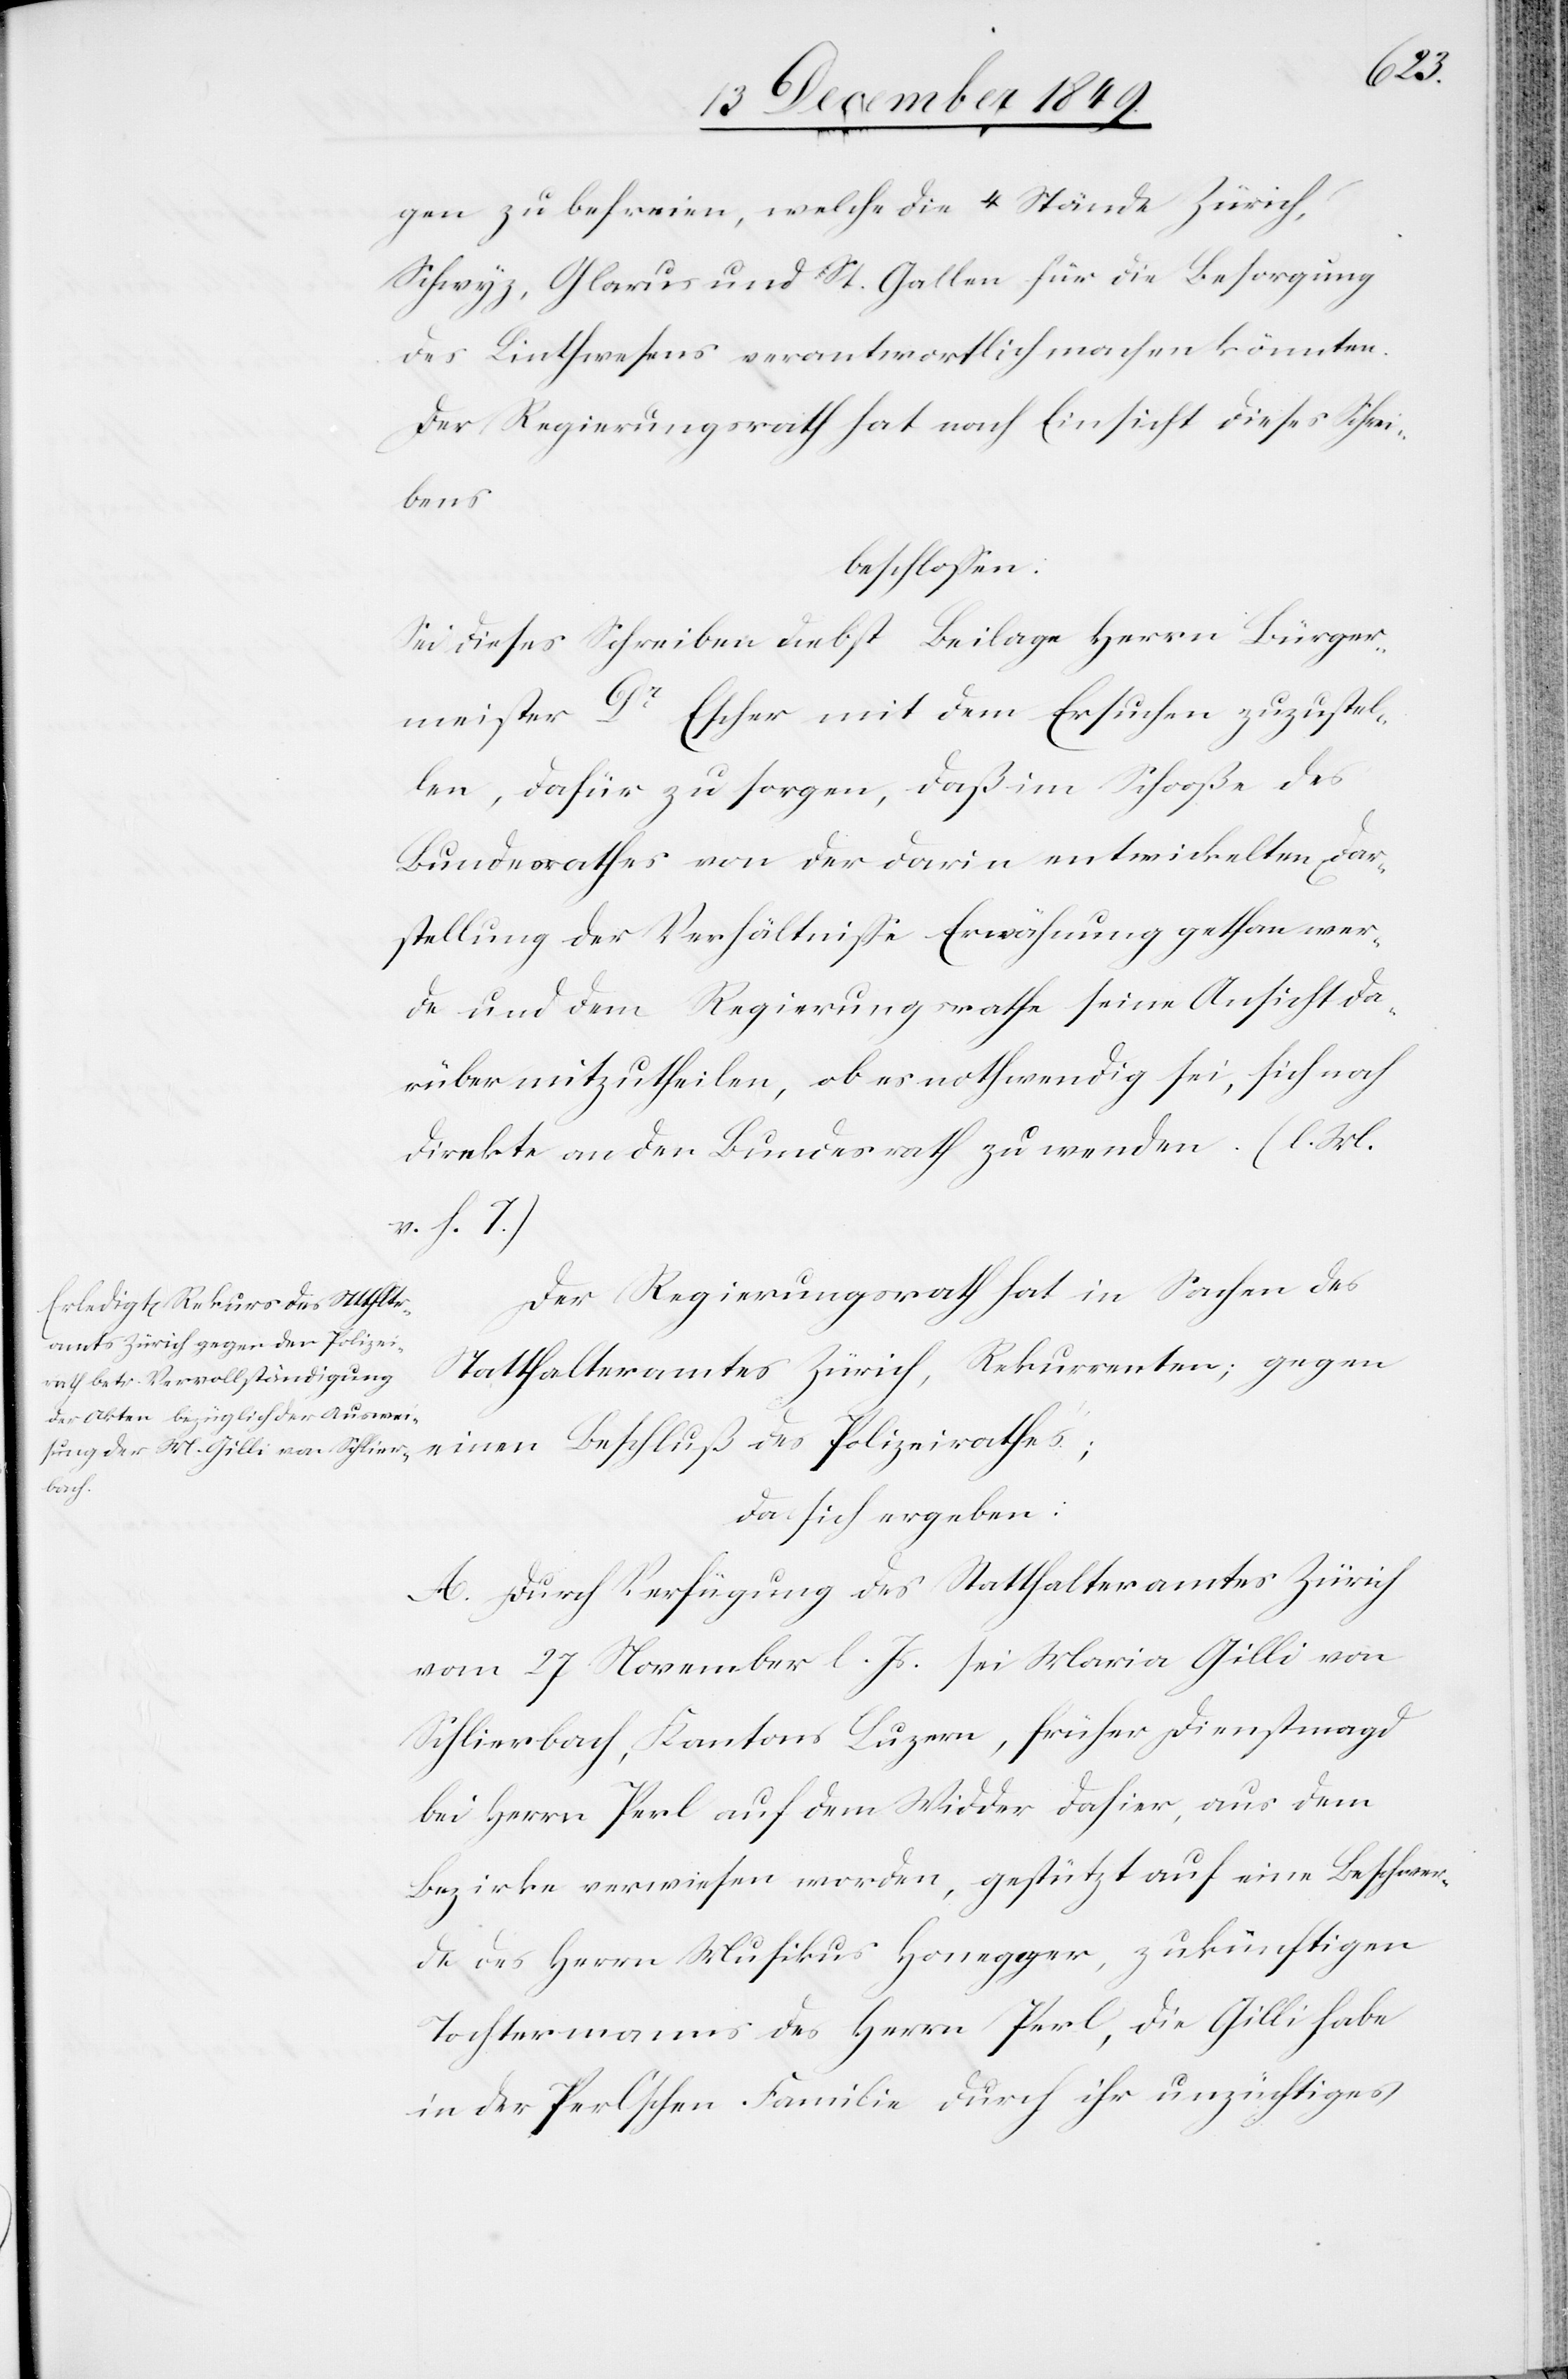
des
gen zu befreien, welche die 4 Stände Zürich,
Schwyz, Glarus und St. Gallen für die Besorgung
des Linthwesens verantwortlich machen könnten.
Der Regierungsrath hat nach Einsicht dieses Schrei¬
bens
beschloßen:
Sei dieses Schreiben nebst Beilage Herrn Bürger¬
meister Dr Escher mit dem Ersuchen zuzustel¬
len, dafür zu sorgen, daß im Schooße des
Bundesrathes von der darin entwickelten Dar¬
stellung der Verhältniße Erwähnung gethan wer¬
de und dem Regierungsrathe seine Ansicht da¬
rüber mitzutheilen, ob es nothwendig sei, sich noch
direkte an den Bundesrath zu wenden. [l. M.
v. h. T]
Der Regierungsrath hat in Sachen des
Statthalteramtes Zürich, Rekurrenten; gegen
da sich ergeben:
A. Durch Verfügung des Statthalteramtes Zürich
vom 27 November l. Js. sei Maria Gilli von
Schlierbach, Kantons Luzern, früher Dienstmagd
bei Herrn Perl auf dem Widder dahier, aus dem
Bezirke verwiesen worden, gestützt auf eine Beschwer¬
de des Herrn Musikus Honegger, zukünftigen
Tochtermanns des Herrn Perl, die Gilli habe
in der Perlschen Familie durch ihr unzüchtiges